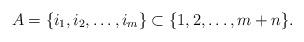
LaTeX: \begin{align*}A=\{i_1,i_2,\dots,i_m\}\subset \{1,2,\dots,m+n\}.\end{align*}